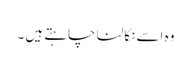
وہ اسے نکالنا چاہتے ہیں ۔